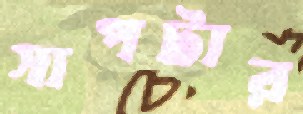
সাপটার